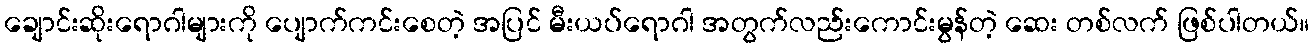
ချောင်းဆိုးရောဂါများကို ပျောက်ကင်းစေတဲ့ အပြင် မီးယပ်ရောဂါ အတွက်လည်းကောင်းမွန်တဲ့ ဆေး တစ်လက် ဖြစ်ပါတယ်။